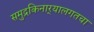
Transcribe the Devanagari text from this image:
समुद्रकिनार्‍यालगतचा